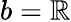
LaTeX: b=\mathbb{R}